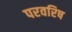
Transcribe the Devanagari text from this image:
परवरिष